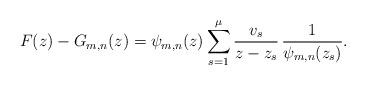
LaTeX: \begin{align*}F(z)-G_{m,n}(z)=\psi_{m,n}(z)\sum^\mu_{s=1}\frac{v_s}{z-z_s}\,\frac{1}{\psi_{m,n}(z_s)}.\end{align*}